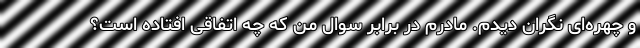
و چهره‌ای نگران دیدم. مادرم در برابر سوال من که چه اتفاقی افتاده است؟